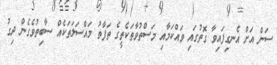
ސަން އަށް އެނގިފައިވާ ގޮތުގައި ވައްކަމާއި މަސްތުވާތަކެތީގެ ތަފާތު މައްސަލަތަކެއް ސާބިތުވެގެން ދިގު